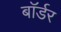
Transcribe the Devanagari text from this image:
बाॅर्डर